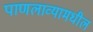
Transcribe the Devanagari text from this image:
पाणलाव्यामधील